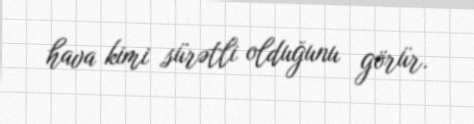
hava kimi sürətli olduğunu görür.